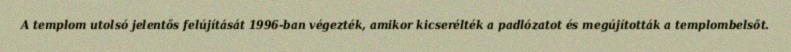
A templom utolsó jelentős felújítását 1996-ban végezték, amikor kicserélték a padlózatot és megújították a templombelsőt.